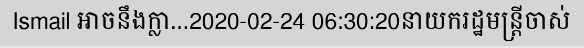
Ismail អាចនឹងក្លា...2020-02-24 06:30:20នាយករដ្ឋមន្ត្រីចាស់